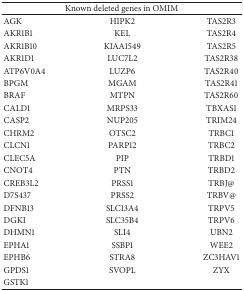
<table><thead><tr><td colspan="3"><b>Known deleted genes in OMIM</b></td></tr></thead><tbody><tr><td>AGK</td><td>HIPK2</td><td>TAS2R3</td></tr><tr><td>AKR1B1</td><td>KEL</td><td>TAS2R4</td></tr><tr><td>AKR1B10</td><td>KIAA1549</td><td>TAS2R5</td></tr><tr><td>AKR1D1</td><td>LUC7L2</td><td>TAS2R38</td></tr><tr><td>ATP6V0A4</td><td>LUZP6</td><td>TAS2R40</td></tr><tr><td>BPGM</td><td>MGAM</td><td>TAS2R41</td></tr><tr><td>BRAF</td><td>MTPN</td><td>TAS2R60</td></tr><tr><td>CALD1</td><td>MRPS33</td><td>TBXAS1</td></tr><tr><td>CASP2</td><td>NUP205</td><td>TRIM24</td></tr><tr><td>CHRM2</td><td>OTSC2</td><td>TRBC1</td></tr><tr><td>CLCN1</td><td>PARP12</td><td>TRBC2</td></tr><tr><td>CLEC5A</td><td>PIP</td><td>TRBD1</td></tr><tr><td>CNOT4</td><td>PTN</td><td>TRBD2</td></tr><tr><td>CREB3L2</td><td>PRSS1</td><td>TRBJ@</td></tr><tr><td>D7S437</td><td>PRSS2</td><td>TRBV@</td></tr><tr><td>DFNB13</td><td>SLC13A4</td><td>TRPV5</td></tr><tr><td>DGKI</td><td>SLC35B4</td><td>TRPV6</td></tr><tr><td>DHMN1</td><td>SLI4</td><td>UBN2</td></tr><tr><td>EPHA1</td><td>SSBP1</td><td>WEE2</td></tr><tr><td>EPHB6</td><td>STRA8</td><td>ZC3HAV1</td></tr><tr><td>GPDS1</td><td>SVOPL</td><td>ZYX</td></tr><tr><td>GSTK1</td><td> </td><td> </td></tr></tbody></table>